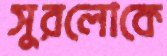
সুরলোকে